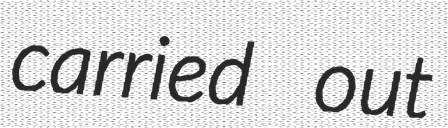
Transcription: carried out